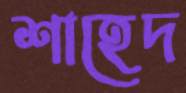
শাহেদ